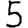
Digit: 5